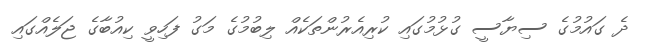
ދެ ގައުމުގެ ސިޔާސީ ގުޅުމުގައި ކުރިއެރުންތަކެއް ލިބުމުގެ މަގު ފަހިވީ ކިއުބާގެ ޖަލެއްގައި